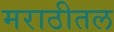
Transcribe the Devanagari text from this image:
मराठीतल